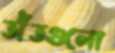
তাঁতগুলো